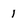
Character: 1